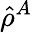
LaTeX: \hat{\rho}^{A}